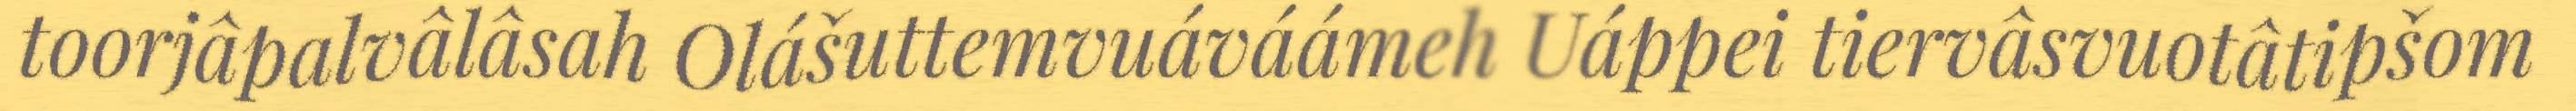
toorjâpalvâlâsah Olášuttemvuáváámeh Uáppei tiervâsvuotâtipšom